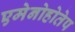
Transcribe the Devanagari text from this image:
एमेनोहोतेप